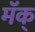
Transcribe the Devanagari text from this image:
मॅक्